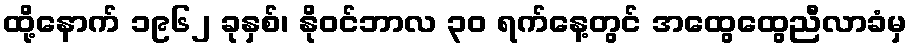
ထို့နောက် ၁၉၆၂ ခုနှစ်၊ နိုဝင်ဘာလ ၃၀ ရက်နေ့တွင် အထွေထွေညီလာခံမှ